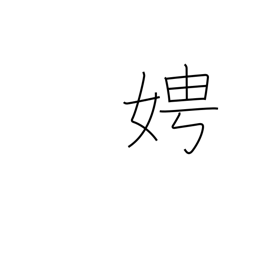
Meaning: ask after a woman's name